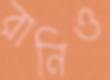
রানিও